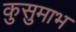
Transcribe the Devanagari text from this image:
कुसुमाभ